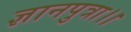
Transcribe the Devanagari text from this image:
ज्ञानपुत्रा।।